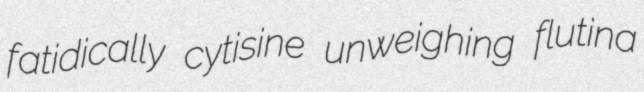
fatidically cytisine unweighing flutina